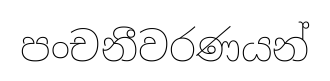
පංචනීවරණයන්